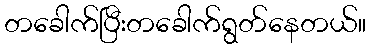
တခေါက်ပြီးတခေါက်ရွတ်နေတယ်။